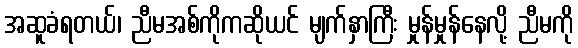
အဆူခံရတယ်၊ ညီမအစ်ကိုကဆိုယင် မျက်နှာကြီး မှုန်မှုန်နေလို့ ညီမကို